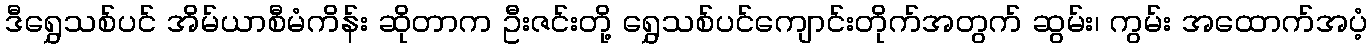
ဒီရွှေသစ်ပင် အိမ်ယာစီမံကိန်း ဆိုတာက ဦးဇင်းတို့ ရွှေသစ်ပင်ကျောင်းတိုက်အတွက် ဆွမ်း၊ ကွမ်း အထောက်အပံ့